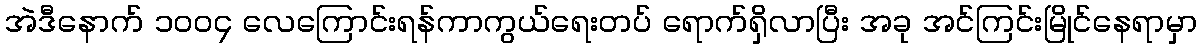
အဲဒီနောက် ၁၀၀၄ လေကြောင်းရန်ကာကွယ်ရေးတပ် ရောက်ရှိလာပြီး အခု အင်ကြင်းမြိုင်နေရာမှာ